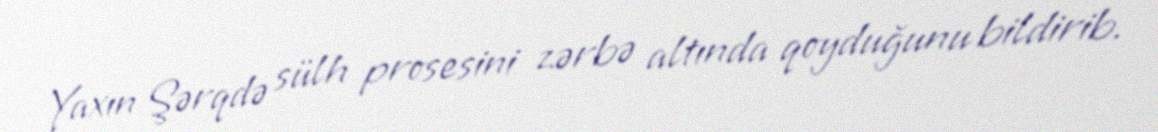
Yaxın Şərqdə sülh prosesini zərbə altında qoyduğunu bildirib.